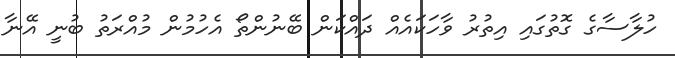
ހުލާސާގެ ގޮތުގައި އިތުރު ވާހަކައެއް ދައްކަން ބޭނުންތޯ އެހުމުން މުއްރަތު ބުނީ އޭނާ